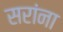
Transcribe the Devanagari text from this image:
सरांना